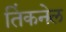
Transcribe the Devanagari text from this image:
तिंकनेल